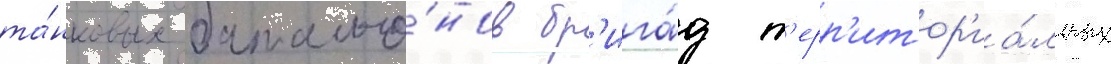
та́нковых батальо́нов бр'ига́д т'ерр'итор'иа́льных